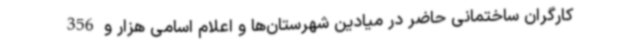
کارگران ساختمانی حاضر در میادین شهرستان‌ها و اعلام اسامی هزار و 356